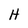
Character: H